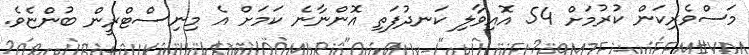
މަސްވެރިކަން ކުރުމަށް 54 އޮއިވާލި ކަނދުފަތި އޮންނާނެ ކަމަށް އެ މިނިސްޓްރީން ބުންޏެވެ.